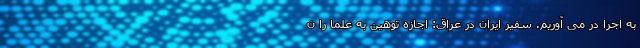
به اجرا در می آوریم. سفیر ایران در عراق: اجازه توهین به علما را ن